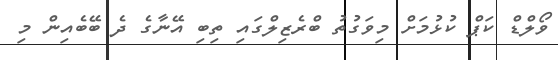
ވޯލްޑް ކަޕް ކުޅުމަށް މިވަގުތު ބްރެޒިލްގައި ތިބި އޭނާގެ ދެ ބޭބެއިން މި